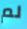
لم